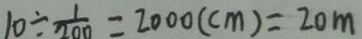
1 0 \div \frac { 1 } { 2 0 0 } = 2 0 0 0 ( c m ) = 2 0 m